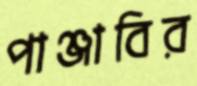
পাঞ্জাবির